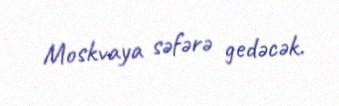
Moskvaya səfərə gedəcək.